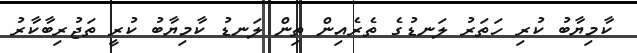
ކާމިޔާބު ކުރި ހަތަރު ލަނޑުގެ ތެރެއިން ތިން ލަނޑު ކާމިޔާބު ކުރީ ތަޖުރިބާކާރު